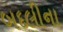
બદલીના